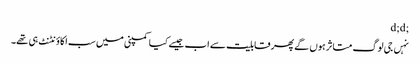
;d;d
نہں جی لوگ متاثر ہوں گے پھر قابلیت سے اب جیسے کیا کمپنی میں سب اکاؤنٹنٹ ہی تھے۔